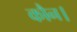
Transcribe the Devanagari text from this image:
कौन।